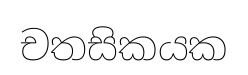
චතසිකයක